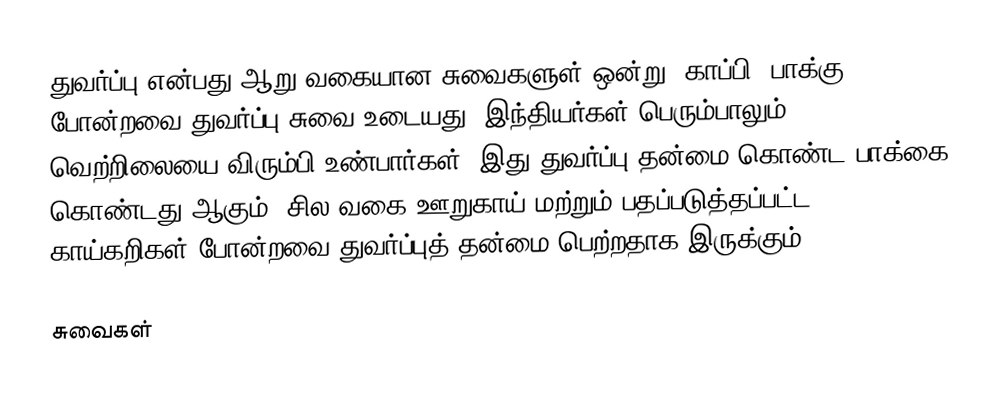
துவர்ப்பு என்பது ஆறு வகையான சுவைகளுள் ஒன்று. காப்பி, பாக்கு போன்றவை துவர்ப்பு சுவை உடையது. இந்தியர்கள் பெரும்பாலும் வெற்றிலையை  விரும்பி உண்பார்கள். இது துவர்ப்பு தன்மை கொண்ட பாக்கை கொண்டது ஆகும். சில வகை ஊறுகாய் மற்றும் பதப்படுத்தப்பட்ட காய்கறிகள் போன்றவை துவர்ப்புத் தன்மை பெற்றதாக இருக்கும்.

சுவைகள்